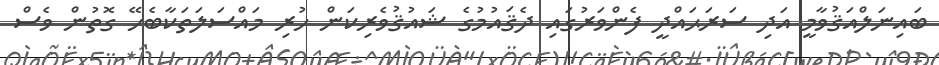
ބައިނަލްއަޤުވާމީ އަދި ސަރަޙައްދީ ފެންވަރުގައި ދެޤައުމުގެ ޝައުޤުވެރިކަން ހުރި މައްސަލަތަކާބެހޭ ގޮތުން ވެސް